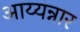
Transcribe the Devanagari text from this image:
आय्यन्नार